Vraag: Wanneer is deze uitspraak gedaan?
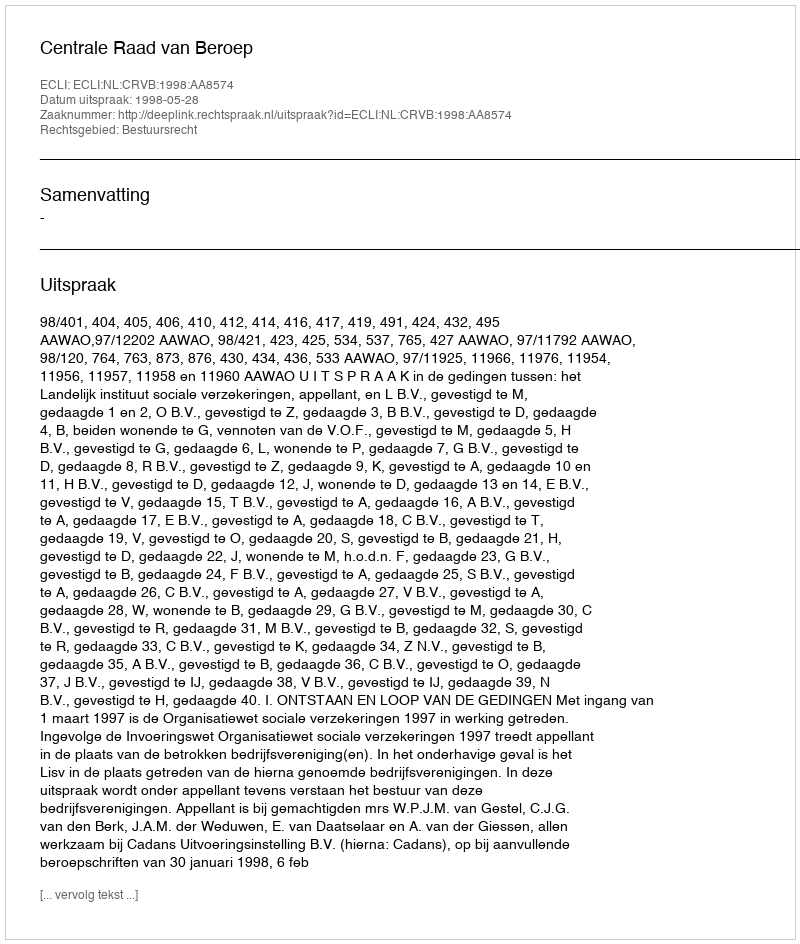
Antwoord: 1998-05-28